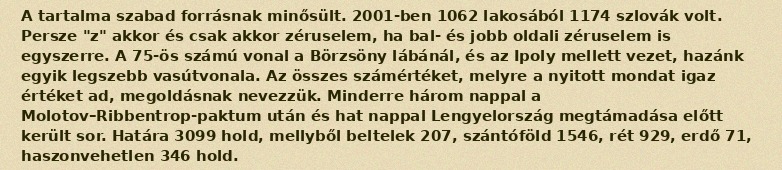
A tartalma szabad forrásnak minősült. 2001-ben 1062 lakosából 1174 szlovák volt. Persze "z" akkor és csak akkor zéruselem, ha bal- és jobb oldali zéruselem is egyszerre. A 75-ös számú vonal a Börzsöny lábánál, és az Ipoly mellett vezet, hazánk egyik legszebb vasútvonala. Az összes számértéket, melyre a nyitott mondat igaz értéket ad, megoldásnak nevezzük. Minderre három nappal a Molotov–Ribbentrop-paktum után és hat nappal Lengyelország megtámadása előtt került sor. Határa 3099 hold, mellyből beltelek 207, szántóföld 1546, rét 929, erdő 71, haszonvehetlen 346 hold.